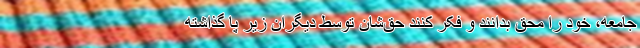
جامعه، خود را محق بدانند و فکر کنند حق‌شان توسط دیگران زیر پا گذاشته